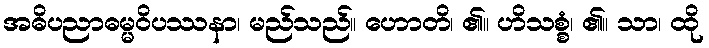
အဓိပညာဓမ္မဝိပဿနာ၊ မည်သည်။ ဟောတိ၊ ၏။ ဟိသစ္စံ၊ ၏။ သာ၊ ထို